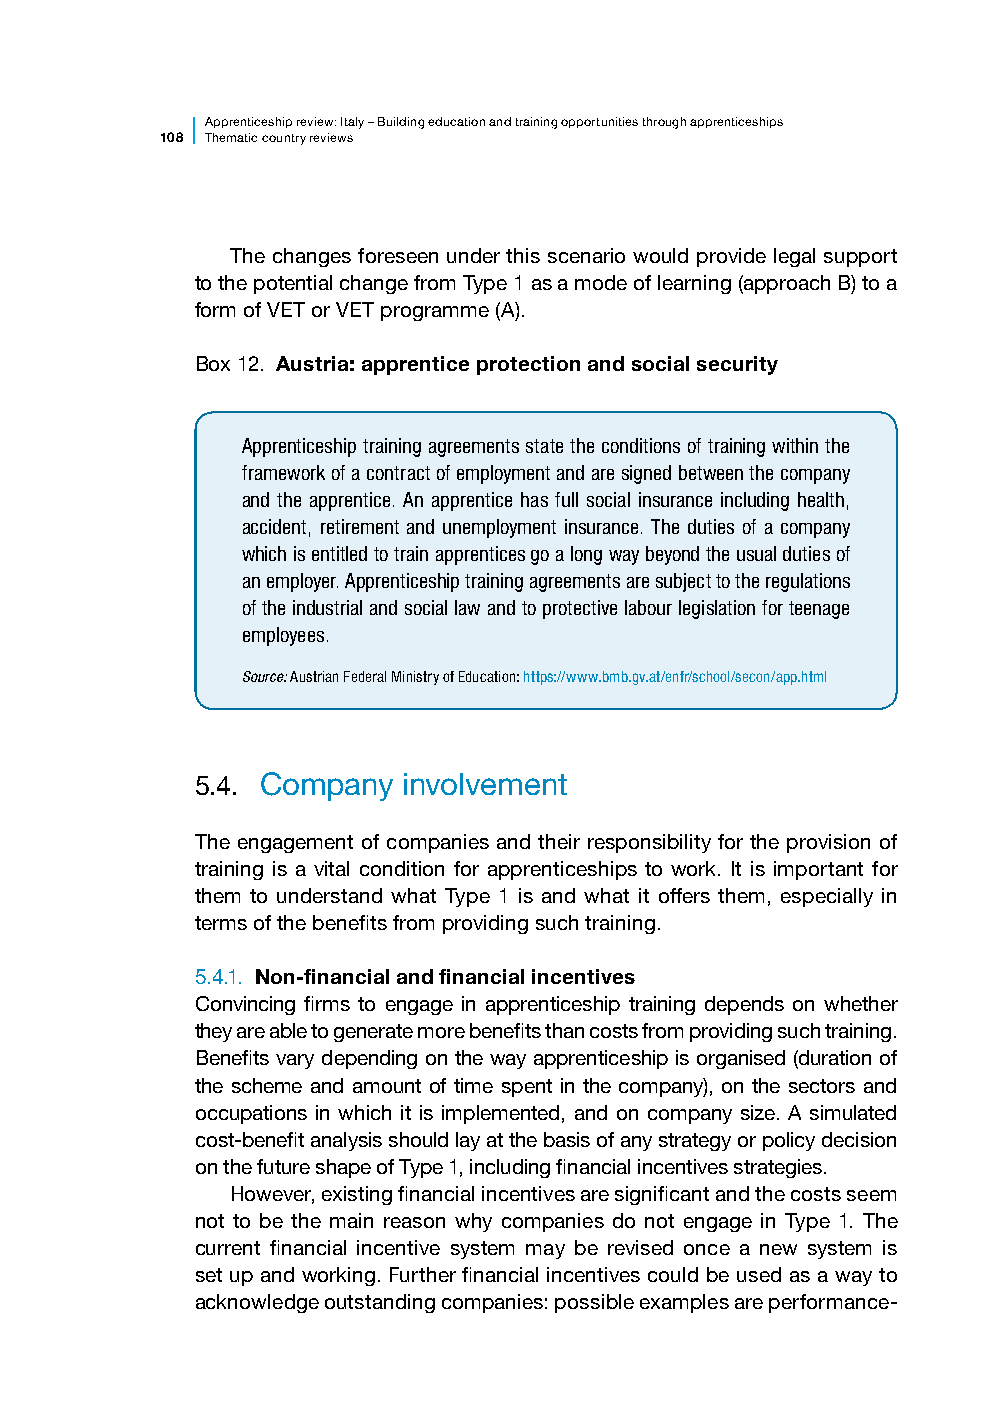
Apprenticesh ip review: Italy – Building education and training opportunities through apprenticeships
 108 Thematic country reviews
 The changes foreseen under this scenario would provide legal support
 to the potential change from Type 1 as a mode of learning (approach B) to a
 form of VET or VET programme (A).
 Box 12. Austria: apprentice protection and social security
 Apprenticeship training agreements state the conditions of training within the
 framework of a contract of employment and are signed between the company
 and the apprentice. An apprentice has full social insurance including health,
 accident, retirement and unemployment insurance. The duties of a company
 which is entitled to train apprentices go a long way beyond the usual duties of
 an employer. Apprenticeship training agreements are subject to the regulations
 of the industrial and social law and to protective labour legislation for teenage
 employees.
 Source: Austrian Federal Ministry of Education: https://www.bmb.gv.at/enfr/school/secon/app.html
 5.4. Company  involvement
 The engagement of companies and their responsibility for the provision of
 training is a vital condition for apprenticeships to work. It is important for
 them to understand what Type 1 is and what it offers them, especially in
 terms of the benefits from providing such training.
 5.4.1. Non-financial and financial incentives
 Convincing firms to engage in apprenticeship training depends on whether
 they are able to generate more benefits than costs from providing such training.
 Benefits vary depending on the way apprenticeship is organised (duration of
 the scheme and amount of time spent in the company), on the sectors and
 occupations in which it is implemented, and on company size. A simulated
 cost-benefit analysis should lay at the basis of any strategy or policy decision
 on the future shape of Type 1, including financial incentives strategies.
 However, existing financial incentives are significant and the costs seem
 not to be the main reason why companies do not engage in Type 1. The
 current financial incentive system may be revised once a new system is
 set up and working. Further financial incentives could be used as a way to
 acknowledge outstanding companies: possible examples are performance-